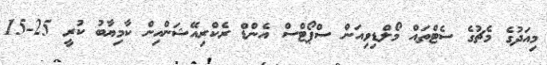
މިއަދުގެ މެޗުގެ ސެޓްތައް މޯލްޑިވިއަން ސްޕޯޓްސް އެންޑް ރެކްރިއޭޝަންއިން ކާމިޔާބު ކުރީ 25-15